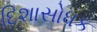
દિશાસોધક